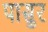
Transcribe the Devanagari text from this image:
पासुर